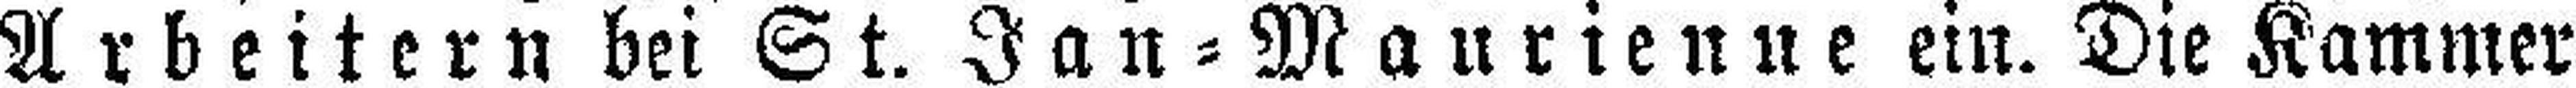
Arbeitern bei St. Jan=Maurienne ein. Die Kammer